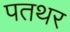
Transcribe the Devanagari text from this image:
पतथर